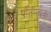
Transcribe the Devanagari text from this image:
प्रतिपूर्वक